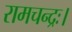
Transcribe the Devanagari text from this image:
रामचन्द्रः।